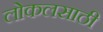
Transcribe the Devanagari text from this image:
लोकलसाठी